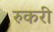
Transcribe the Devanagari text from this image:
रुकरी